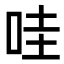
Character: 哇